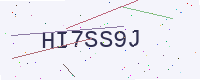
Text: HI7SS9J